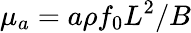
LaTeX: \mu_{a}=a\rho f_{0}L^{2}/B